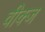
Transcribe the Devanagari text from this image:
वीक्ज